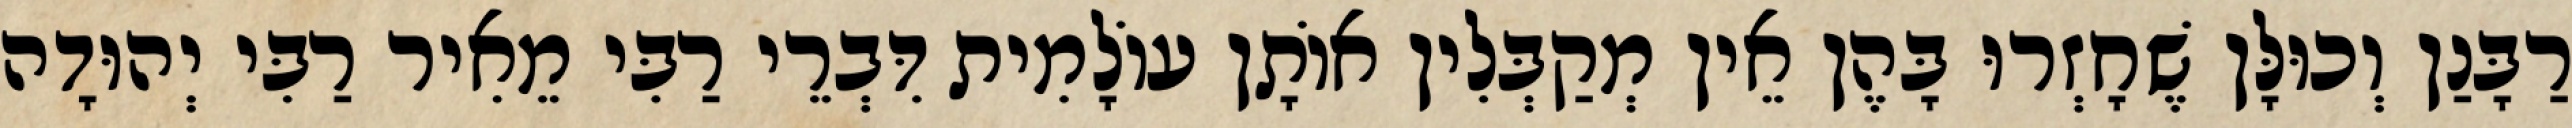
רַבָּנַן וְכוּלָּן שֶׁחָזְרוּ בָּהֶן אֵין מְקַבְּלִין אוֹתָן עוֹלָמִית דִּבְרֵי רַבִּי מֵאִיר רַבִּי יְהוּדָה